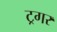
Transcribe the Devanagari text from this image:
ट्रगर